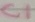
Text: S1